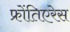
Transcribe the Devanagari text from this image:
फ्रोंतिएरेस